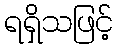
ရရှိသဖြင့်